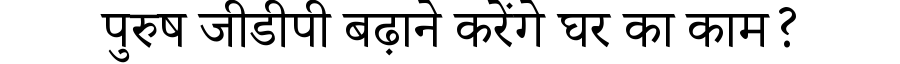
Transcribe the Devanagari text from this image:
पुरुष जीडीपी बढ़ाने करेंगे घर का काम?